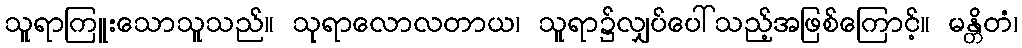
သူရာကြူးသောသူသည်။ သုရာလောလတာယ၊ သူရာ၌လျှပ်ပေါ်သည့်အဖြစ်ကြောင့်။ မန္တိတံ၊